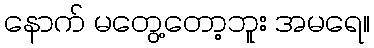
နောက် မတွေ့တော့ဘူး အမရေ။